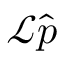
\mathcal L \hat { p }